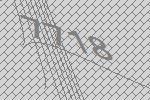
7718